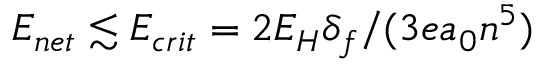
E _ { n e t } \lesssim E _ { c r i t } = 2 E _ { H } \delta _ { f } / ( 3 e a _ { 0 } n ^ { 5 } )